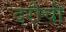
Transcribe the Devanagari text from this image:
दरीची